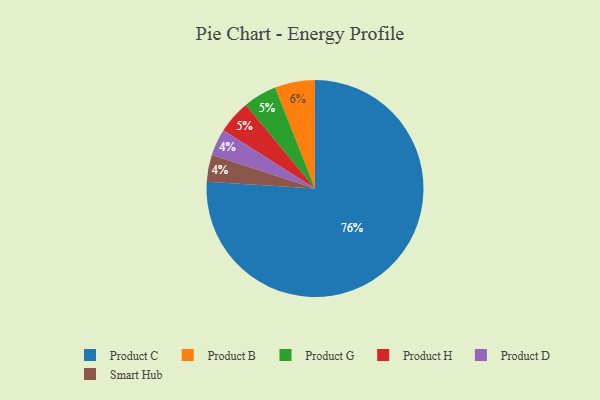
{"axis": {"x": "Category", "y": "Percentage"}, "legend": ["Product B", "Product C", "Product D", "Product G", "Product H", "Smart Hub"], "data": [{"x": "Product G", "y": 5, "type": "Product G"}, {"x": "Product D", "y": 4, "type": "Product D"}, {"x": "Product C", "y": 76, "type": "Product C"}, {"x": "Product H", "y": 5, "type": "Product H"}, {"x": "Smart Hub", "y": 4, "type": "Smart Hub"}, {"x": "Product B", "y": 6, "type": "Product B"}]}